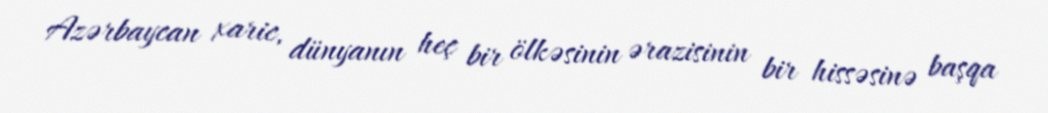
Azərbaycan xaric, dünyanın heç bir ölkəsinin ərazisinin bir hissəsinə başqa